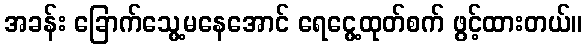
အခန်း ခြောက်သွေ့မနေအောင် ရေငွေ့ထုတ်စက် ဖွင့်ထားတယ်။